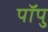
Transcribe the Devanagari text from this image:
पॉपु